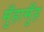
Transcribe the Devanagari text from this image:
मुँहामुँह